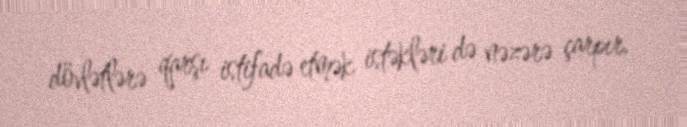
dövlətlərə qarşı istifadə etmək istəkləri də nəzərə çarpır.